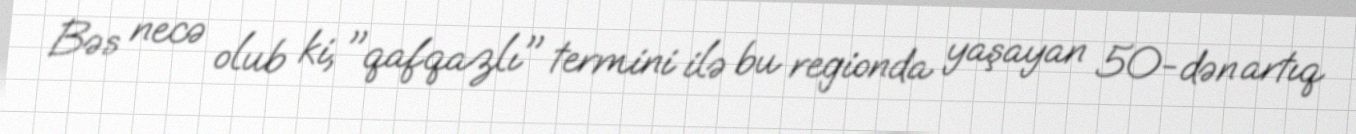
Bəs necə olub ki, "qafqazlı" termini ilə bu regionda yaşayan 50-dən artıq